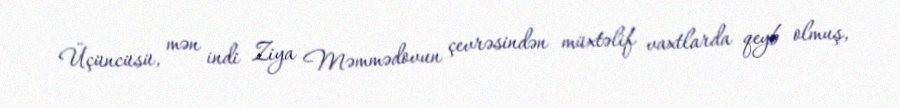
Üçüncüsü, mən indi Ziya Məmmədovun çevrəsindən müxtəlif vaxtlarda qeyb olmuş,